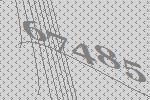
67485